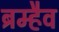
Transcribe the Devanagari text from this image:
ब्रम्हैव